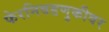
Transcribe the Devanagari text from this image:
फेरनिवडणुकीवर